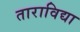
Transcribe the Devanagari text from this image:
ताराविद्या